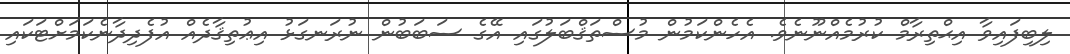
ލިބިފައިވާ އިޙްތިރާމް ކުރުމެއްނޫނެވެ. އެހެންކަމުން މުސްތަޤްބަލުގައި އޭގެ ސަބަބުން ނުރަނގަޅު އިޢުތިޤާދެއް އުފެދިދާނެކަމަށްޓަކައި